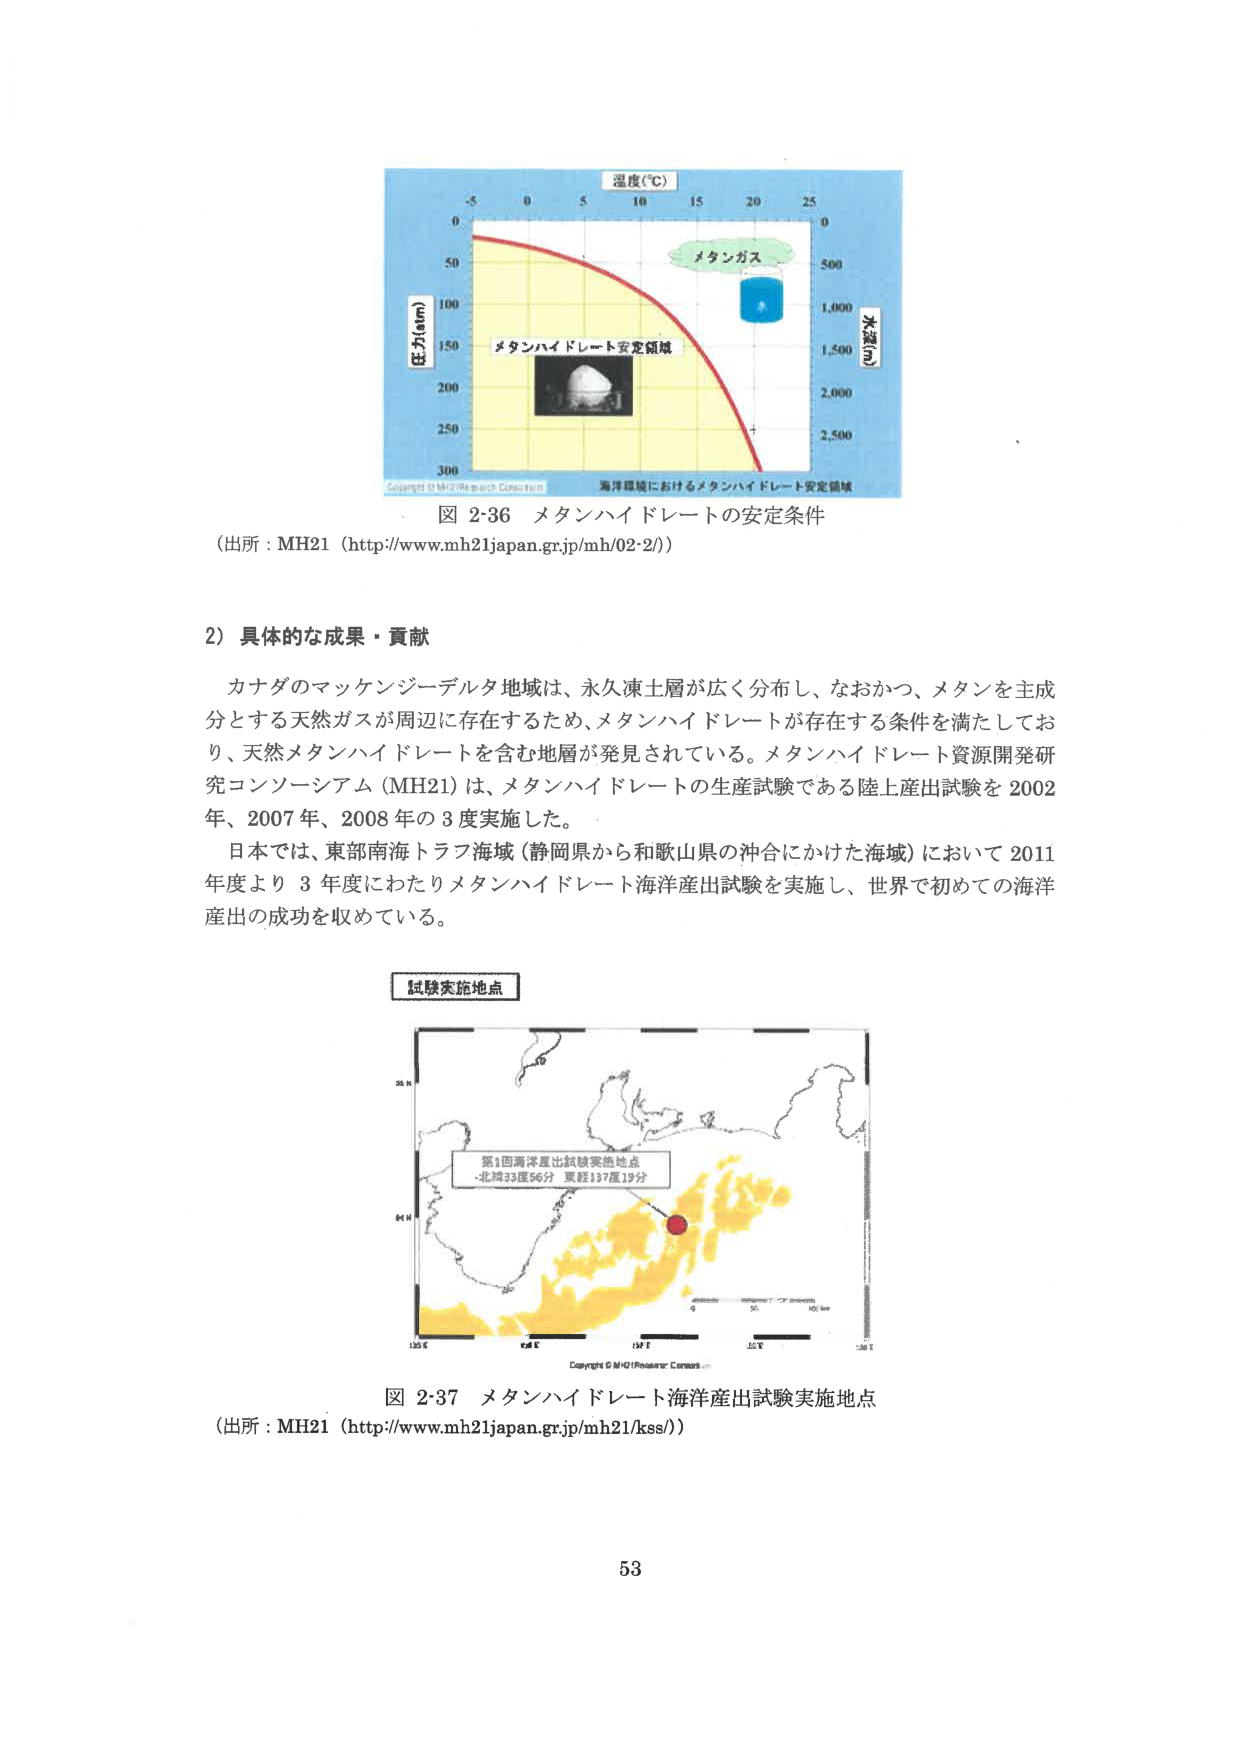
温度(℃)
-5 0 5 10 15 20 25
0
メタンガス
50
100
メタンハイドレート安定領域
150
200
250
300
圧力(atm)
水深(m)
500
1,000
1,500
2,000
2,500
Copyright © MH21 Research Consortium
海洋環境におけるメタンハイドレート安定領域
図 2-36 メタンハイドレートの安定条件
（出所：MH21（http://www.mh21japan.gr.jp/mh/02-2/））

2）具体的な成果・貢献
カナダのマッケンジーデルタ地域は、永久凍土層が広く分布し、なおかつ、メタンを主成分とする天然ガスが周辺に存在するため、メタンハイドレートが存在する条件を満たしており、天然メタンハイドレートを含む地層が発見されている。メタンハイドレート資源開発研究コンソーシアム（MH21）は、メタンハイドレートの生産試験である陸上産出試験を2002年、2007年、2008年の3度実施した。
日本では、東部南海トラフ海域（静岡県から和歌山県の沖合にかけた海域）において2011年度より3年度にわたりメタンハイドレート海洋産出試験を実施し、世界で初めての海洋産出の成功を収めている。

試験実施地点
第1回海洋産出試験実施地点
・北緯33度56分 東経137度19分
Copyright © MH21 Research Consortium
図 2-37 メタンハイドレート海洋産出試験実施地点
（出所：MH21（http://www.mh21japan.gr.jp/mh21/kss/））

53